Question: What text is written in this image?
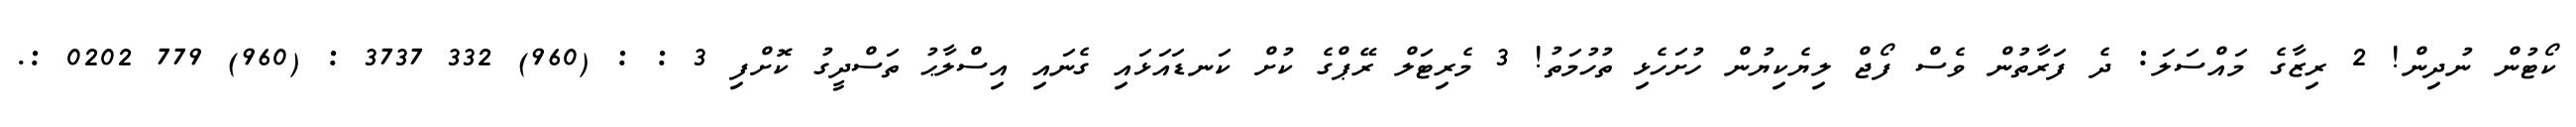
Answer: ކޯޓުން ނުދިން! 2 ރިޒާގެ މައްސަލަ: ދެ ފަރާތުން ވެސް ފޯޖް ލިޔެކިޔުން ހުށަހެޅި ތުހުމަތު! 3 މެރިޓަލް ރޭޕްގެ ކުށް ކަނޑައަޅައި ގެނައި އިސްލާޙު ތަސްދީގު ކޮށްފި 3 : : (960) 332 3737 : (960) 779 0202 :.